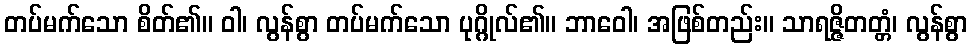
တပ်မက်သော စိတ်၏။ ဝါ၊ လွန်စွာ တပ်မက်သော ပုဂ္ဂိုလ်၏။ ဘာဝေါ၊ အဖြစ်တည်း။ သာရဇ္ဇိတတ္တံ၊ လွန်စွာ